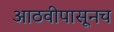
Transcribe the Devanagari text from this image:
आठवीपासूनच